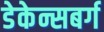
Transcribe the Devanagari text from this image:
डेकेन्सबर्ग